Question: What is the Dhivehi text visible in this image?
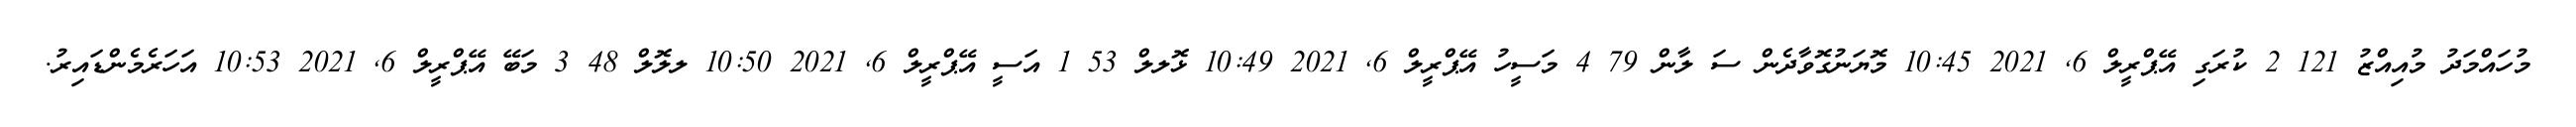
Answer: މުހައްމަދު މުއިއްޒު 121 2 ކުރަގި އޭޕްރީލް 6, 2021 10:45 މޮޔަނުގޮވާދެން ސަ ލާން 79 4 މަސީހު އޭޕްރީލް 6, 2021 10:49 ޅޮލލް 53 1 އަސީ އޭޕްރީލް 6, 2021 10:50 ލލޮލް 48 3 މަބޭ އޭޕްރީލް 6, 2021 10:53 އަހަރެމެންޑައިރު.